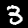
Label: 3